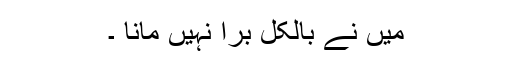
میں نے بالکل برا نہیں مانا ۔